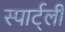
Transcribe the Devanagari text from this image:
स्पार्ट्ली